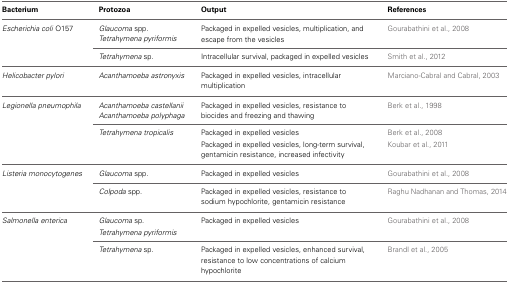
<table><thead><tr><td><b>Bacterium</b></td><td><b>Protozoa</b></td><td><b>Output</b></td><td><b>References</b></td></tr></thead><tbody><tr><td rowspan="2"><i>Escherichia coli</i> O157</td><td><i>Glaucoma</i> spp.</td><td rowspan="2">Packaged in expelled vesicles, multiplication, and escape from the vesicles</td><td rowspan="2">Gourabathini et al., 2008</td></tr><tr><td><i>Tetrahymena pyriformis</i></td></tr><tr><td></td><td><i>Tetrahymena</i> sp.</td><td>Intracellular survival, packaged in expelled vesicles</td><td>Smith et al., 2012</td></tr><tr><td><i>Helicobacter pylori</i></td><td><i>Acanthamoeba astronyxis</i></td><td>Packaged in expelled vesicles, intracellular multiplication</td><td>Marciano-Cabral and Cabral, 2003</td></tr><tr><td rowspan="2"><i>Legionella pneumophila</i></td><td><i>Acanthamoeba castellanii</i></td><td rowspan="2">Packaged in expelled vesicles, resistance to biocides and freezing and thawing</td><td rowspan="2">Berk et al., 1998</td></tr><tr><td><i>Acanthamoeba polyphaga</i></td></tr><tr><td></td><td><i>Tetrahymena tropicalis</i></td><td>Packaged in expelled vesicles</td><td>Berk et al., 2008</td></tr><tr><td></td><td></td><td>Packaged in expelled vesicles, long-term survival, gentamicin resistance, increased infectivity</td><td>Koubar et al., 2011</td></tr><tr><td><i>Listeria monocytogenes</i></td><td><i>Glaucoma</i> spp.</td><td>Packaged in expelled vesicles</td><td>Gourabathini et al., 2008</td></tr><tr><td></td><td><i>Colpoda</i> spp.</td><td>Packaged in expelled vesicles, resistance to sodium hypochlorite, gentamicin resistance</td><td>Raghu Nadhanan and Thomas, 2014</td></tr><tr><td><i>Salmonella enterica</i></td><td><i>Glaucoma</i> sp.</td><td>Packaged in expelled vesicles</td><td>Gourabathini et al., 2008</td></tr><tr><td></td><td><i>Tetrahymena pyriformis</i></td><td></td><td></td></tr><tr><td></td><td><i>Tetrahymena</i> sp.</td><td>Packaged in expelled vesicles, enhanced survival, resistance to low concentrations of calcium hypochlorite</td><td>Brandl et al., 2005</td></tr></tbody></table>